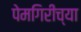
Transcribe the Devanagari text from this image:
पेमगिरीच्या